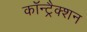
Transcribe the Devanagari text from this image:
कॉन्ट्रैक्शन